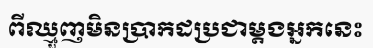
ពីឈ្មួញមិនប្រាកដប្រជាម្តងអ្នកនេះ